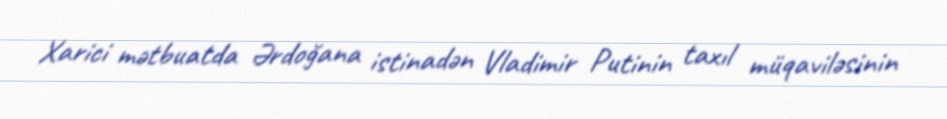
Xarici mətbuatda Ərdoğana istinadən Vladimir Putinin taxıl müqaviləsinin